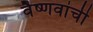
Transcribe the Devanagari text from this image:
वैष्णवांची